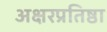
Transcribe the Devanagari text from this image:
अक्षरप्रतिष्ठा